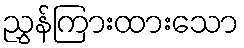
ညွှန်ကြားထားသော